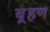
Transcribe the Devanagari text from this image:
ब़्रहण